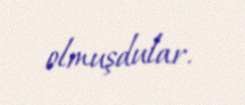
olmuşdular.